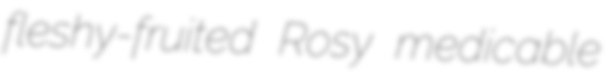
fleshy-fruited Rosy medicable